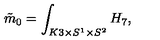
\tilde { m } _ { 0 } = \int _ { K 3 \times S ^ { 1 } \times S ^ { 2 } } H _ { 7 } ,